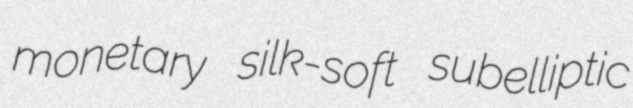
monetary silk-soft subelliptic